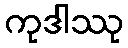
ကုဒါဿု